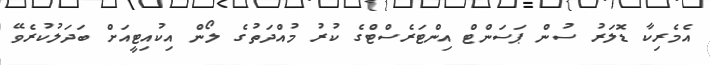
އެމެރިކާ ޑޮލަރު ސުން ޕަސަންޓް އިންޓަރެސްޓްގެ ކުރު މުއްދަތުގެ ލޯން އިކުއިޓީއަށް ބަދަލުކުރެވޭ